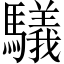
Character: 𲌃